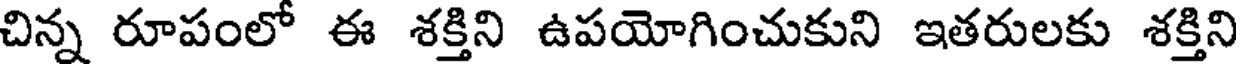
చిన్న రూపంలో ఈ శక్తిని ఉపయోగించుకుని ఇతరులకు శక్తిని